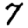
Digit: 7